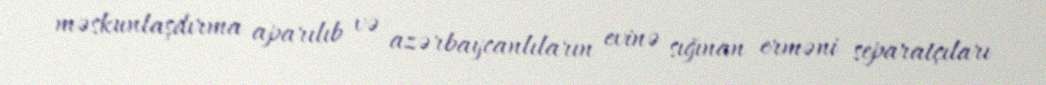
məskunlaşdırma aparılıb və azərbaycanlıların evinə sığınan erməni separatçıları